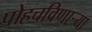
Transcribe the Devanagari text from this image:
पोहचविणाऱ्या